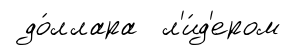
до́ллара л'и́д'ером